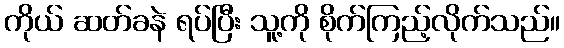
ကိုယ် ဆတ်ခနဲ ရပ်ပြီး သူ့ကို စိုက်ကြည့်လိုက်သည်။